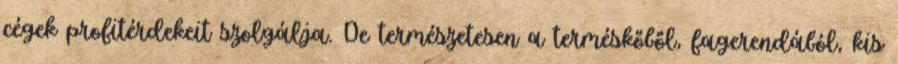
cégek profitérdekeit szolgálja. De természetesen a terméskőből, fagerendából, kis